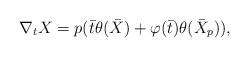
LaTeX: \begin{align*} \nabla_{t}X = p(\bar{t}\theta(\bar{X}) + \varphi(\bar{t})\theta(\bar{X}_p)), \end{align*}